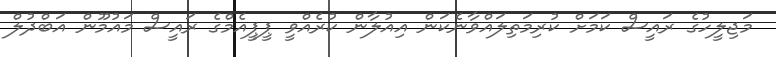
މަޖިލީހުގެ ރައީސް ކަމަށް ކުރިމަތިލައްވާނެކަން އިއުލާން ކުރެއްވީ ޕީޕީއެމްގެ ރައީސް މައުމޫން އަބްދުލް